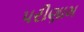
પરીણામ